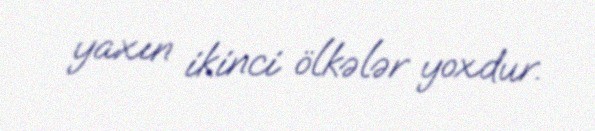
yaxın ikinci ölkələr yoxdur.